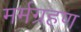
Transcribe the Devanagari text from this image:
मर्मग्रहण